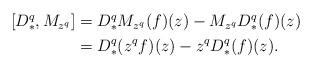
LaTeX: \begin{align*}\begin{aligned}[D_*^q,M_{z^q}]&=D^q_*M_{z^q}(f)(z)-M_{z^q}D_*^q(f)(z)\\&=D^q_*(z^qf)(z)-z^qD_*^q(f)(z).\end{aligned}\end{align*}